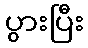
ပွားပြီး